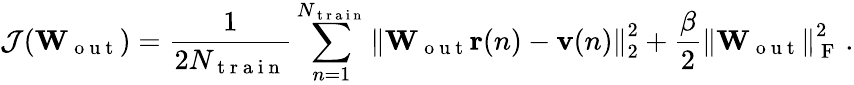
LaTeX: \mathcal{J}(\mathbf{W}_{\mathrm{~o~u~t~}})=\frac{1}{2N_{\mathrm{~t~r~a~i~n~}}}\sum_{n=1}^{N_{\mathrm{~t~r~a~i~n~}}}\left\lVert\mathbf{W}_{\mathrm{~o~u~t~}}\mathbf{r}(n)-\mathbf{v}(n)\right\rVert_{2}^{2}+\frac{\beta}{2}\left\lVert\mathbf{W}_{\mathrm{~o~u~t~}}\right\rVert_{\mathrm{~F~}}^{2}\, .